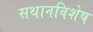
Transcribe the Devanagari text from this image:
सथानविशेष